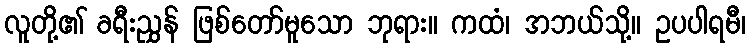
လူတို့၏ ခရီးညွှန် ဖြစ်တော်မူသော ဘုရား။ ကထံ၊ အဘယ်သို့။ ဥပပါရမီ၊